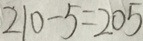
2 1 0 - 5 = 2 0 5